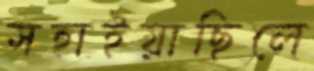
সহাইয়াছিলে